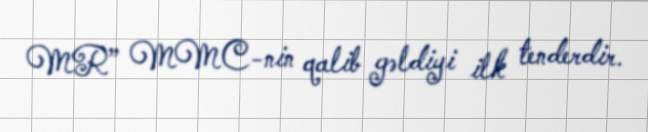
MR” MMC-nin qalib gəldiyi ilk tenderdir.